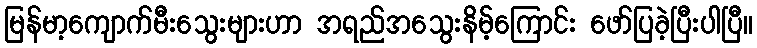
မြန်မာ့ကျောက်မီးသွေးများဟာ အရည်အသွေးနိမ့်ကြောင်း ဖော်ပြခဲ့ပြီးပါပြီ။